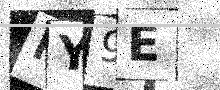
Text: MY9E